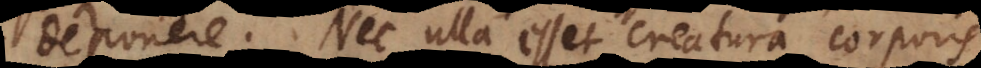
deponere. Nec ulla esset creatura corporis